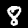
Label: 8